Report of the King Institute of Preventive Medicine, Guindy
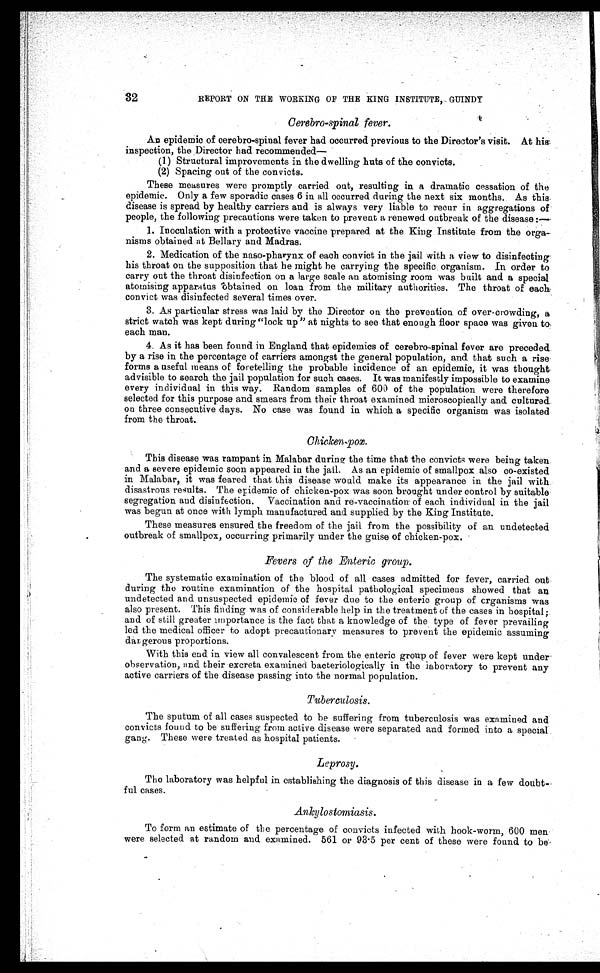
32
REPORT ON THE WORKING OF THE KING INSTITUTE, GUINDY
Cerebro-spinal fever.
An epidemic of cerebro-spinal fever had occurred previous to the Director's visit. At his
inspection, the Director had recommended
—
(1) Structural improvements in the dwelling huts of the convicts.
(2) Spacing out of the convicts.
These measures were promptly carried out, resulting in a dramatic cessation of the
epidemic. Only a few sporadic cases 6 in all occurred during the next six months. As this
disease is spread by healthy carriers and is always very liable to recur in aggregations of
people, the following precautions were taken to prevent a renewed outbreak of the disease
: —
1. Inoculation with a protective vaccine prepared at the King Institute from the orga
-nisms obtained at Bellary and Madras.
2. Medication of the naso-pharynx of each convict in the jail with a view to disinfecting
his throat on the supposition that he might he carrying the specific organism. In order to
carry out the throat disinfection on a large scale an atomising room was built and a special
atomising apparatus obtained on loan from the military authorities. The throat of each
convict was disinfected several times over.
3. As particular stress was laid by the Director on the prevention of over-crowding, a
strict watch was kept during "lock up" at nights to see that enough floor space was given to
each man.
4. As it has been found in England that epidemics of cerebro-spinal fever are preceded
by a rise in the percentage of carriers amongst the general population, and that such a rise
forms a useful means of foretelling the probable incidence of an epidemic, it was thought
advisible to search the jail population for such cases. It was manifestly impossible to examine
every individual in this way. Random samples of 600 of the population were therefore
selected for this purpose and smears from their throat examined microscopically and cultured
on three consecutive days. No case was found in which a specific organism was isolated
from the throat.
Chicken-pox.
This disease was rampant in Malabar during the time that the convicts were being taken
and a severe epidemic soon appeared in the jail. As an epidemic of smallpox also co-existed
in Malabar, it was feared that this disease would make its appearance in the jail with
disastrous results. The epidemic of chicken-pox was soon brought under control by suitable
segregation and disinfection. Vaccination and re-vaccination of each individual in the jail
was begun at once with lymph manufactured and supplied by the King Institute.
These measures ensured the freedom of the jail from the possibility of an undetected
outbreak of smallpox, occurring primarily under the guise of chicken-pox.
Fevers of the Enteric group.
The systematic examination of the blood of all cases admitted for fever, carried out
during the routine examination of the hospital pathological specimens showed that an
undetected and unsuspected epidemic of fever due to the enteric group of organisms was
also present. This finding was of considerable help in the treatment of the cases in hospital;
and of still greater importance is the fact that a knowledge of the type of fever prevailing
led the medical officer to adopt precautionary measures to prevent the epidemic assuming
dangerous proportions.
With this end in view all convalescent from the enteric group of fever were kept under
observation, and their excreta examined bacteriologically in the laboratory to prevent any
active carriers of the disease passing into the normal population.
Tuberculosis.
The sputum of all cases suspected to be suffering from tuberculosis was examined and
convicts found to be suffering from active disease were separated and formed into a special
gang. These were treated as hospital patients.
Leprosy.
The laboratory was helpful in establishing the diagnosis of this disease in a few doubt
-
ful cases.
Ankylostomiasis.
To form an estimate of the percentage of convicts infected with hook-worm, 600 men
were selected at random and examined. 561 or 93.5 per cent of these were found to be